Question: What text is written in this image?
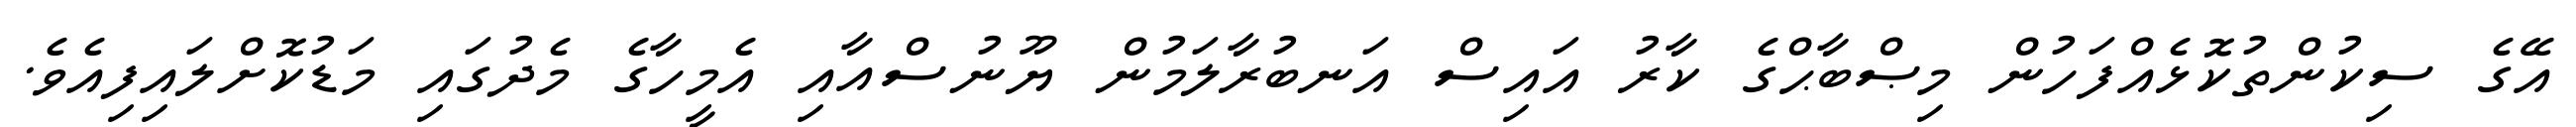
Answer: އޭގެ ސިކުންތުކޮޅެއްފަހުން މިޞްބާޙްގެ ކާރު އައިސް އަނބުރާލަމުން ޔޫނުސްއާއި އެމީހާގެ މެދުގައި މަޑުކޮށްލައިފިއެވެ.